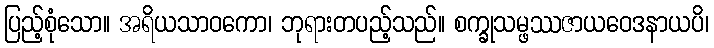
ပြည့်စုံသော။ အရိယသာဝကော၊ ဘုရားတပည့်သည်။ စက္ခုသမ္ဖဿဇာယဝေဒနာယပိ၊